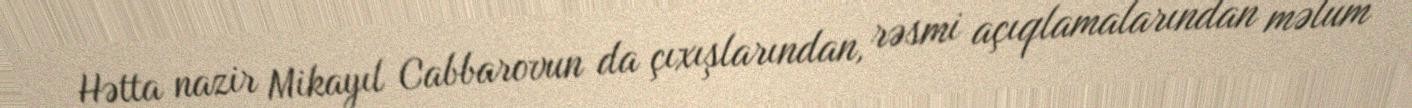
Hətta nazir Mikayıl Cabbarovun da çıxışlarından, rəsmi açıqlamalarından məlum